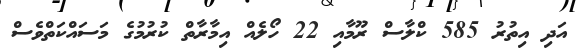
އަދި އިތުރު 585 ކްލާސް ރޫމާއި 22 ހޯލެއް އިމާރާތް ކުރުމުގެ މަސައްކަތްވެސް